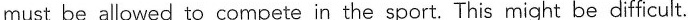
must be allowed to compete in the sport. This might be difficult.